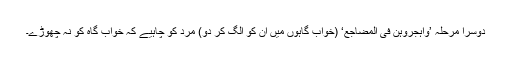
دوسرا مرحلہ ’وَاہْجُرُوْہُنَّ فِی الْمَضَاجِعِ‘ (خواب گاہوں میں ان کو الگ کر دو) مرد کو چاہیے کہ خواب گاہ کو نہ چھوڑے۔